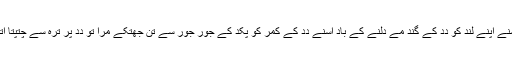
اُسنے اَپنے لُند کو دِدِ کے گند مے دلنے کے باد اُسنے دِدِ کے کمر کو پکد کے جور جور سے تِن جھتکے مرا تو دِدِ پُرِ ترہ سے چتپتا اُتھِ۔